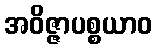
အဝိဇ္ဇာပစ္စယာဝ